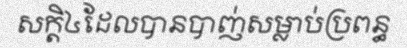
សក្តិ៤ដែលបានបាញ់សម្លាប់ប្រពន្ធ